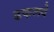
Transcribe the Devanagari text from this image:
ढकलवे